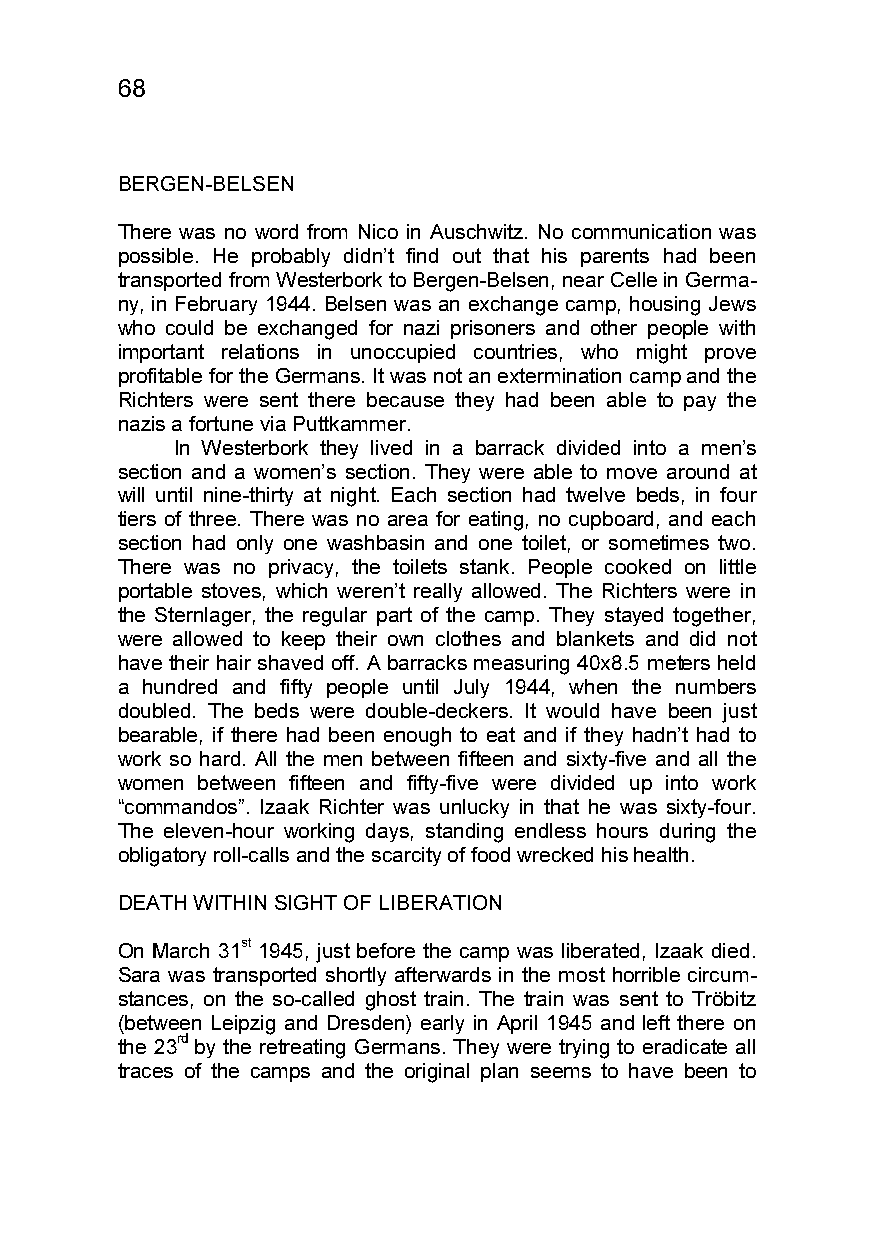
68
 BERGEN-BELSEN
 There was no word from Nico in Auschwitz. No communication was
 possible. He probably didn’t find out that his parents had been
 transported from Westerbork to Bergen-Belsen, near Celle in Germa-
 ny, in February 1944. Belsen was an exchange camp, housing Jews
 who could be exchanged for nazi prisoners and other people with
 important relations in unoccupied countries, who might prove
 profitable for the Germans. It was not an extermination camp and the
 Richters were sent there because they had been able to pay the
 nazis a fortune via Puttkammer.
 In Westerbork they lived in a barrack divided into a men’s
 section and a women’s section. They were able to move around at
 will until nine-thirty at night. Each section had twelve beds, in four
 tiers of three. There was no area for eating, no cupboard, and each
 section had only one washbasin and one toilet, or sometimes two.
 There was no privacy, the toilets stank. People cooked on little
 portable stoves, which weren’t really allowed. The Richters were in
 the Sternlager, the regular part of the camp. They stayed together,
 were allowed to keep their own clothes and blankets and did not
 have their hair shaved off. A barracks measuring 40x8.5 meters held
 a hundred and fifty people until July 1944, when the numbers
 doubled. The beds were double-deckers. It would have been just
 bearable, if there had been enough to eat and if they hadn’t had to
 work so hard. All the men between fifteen and sixty-five and all the
 women between fifteen and fifty-five were divided up into work
 “commandos”. Izaak Richter was unlucky in that he was sixty-four.
 The eleven-hour working days, standing endless hours during the
 obligatory roll-calls and the scarcity of food wrecked his health.
 DEATH WITHIN SIGHT OF LIBERATION
 On March 31st 1945, just before the camp was liberated, Izaak died.
 Sara was transported shortly afterwards in the most horrible circum-
 stances, on the so-called ghost train. The train was sent to Tröbitz
 (between Leipzig and Dresden) early in April 1945 and left there on
 the 23rd by the retreating Germans. They were trying to eradicate all
 traces of the camps and the original plan seems to have been to